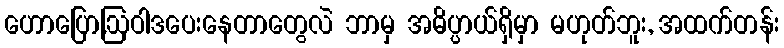
ဟောပြော,ဩဝါဒပေးနေတာတွေလဲ ဘာမှ အဓိပ္ပာယ်ရှိမှာ မဟုတ်ဘူး, အထက်တန်း